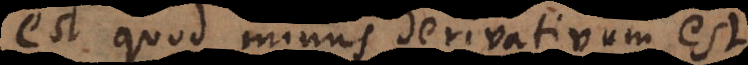
est quod minus derivativum est[,]